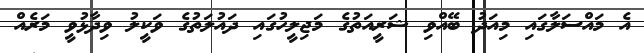
އެ މައްސަލާގައި މިއަދު ބޭއްވި ޝަރީއަތުގެ މަޖިލީހުގައި ދައުލަތުގެ ވަކީލު ވިދާޅުވީ މަރެއް